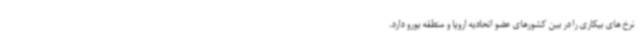
نرخ های بیکاری را در بین کشورهای عضو اتحادیه اروپا و منطقه یورو دارد.